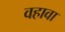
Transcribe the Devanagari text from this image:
वहावा